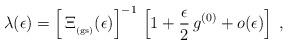
LaTeX: \begin{align*}\lambda(\epsilon)=\left[\,\Xi_{_{\rm (gs)}} (\epsilon)\right]^{-1}\,\left[ 1 +\frac{\epsilon}{2}\, g^{(0)}+ o(\epsilon) \right]\; ,\end{align*}